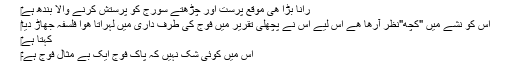
‎رانا بڑا هی موقع پرست اور چڑھتے سورج کو پرستش کرنے والا بندھ ہے
‎اس کو نشے میں "کچھ"نظر آرها هے اس لیے اس نے پچھلی تقریر میں فوج کی طرف داری میں لہراتا هوا فلسفہ جھاڑ دیا
‎کہتا ہے
‎اس میں کوئی شک نہیں کہ پاک فوج ایک بے مثال فوج ہے۔